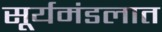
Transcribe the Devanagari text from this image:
सूर्यमंडलात